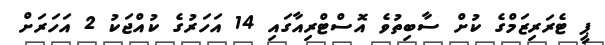
ޕީ ޓެރަރިޒަމްގެ ކުށް ސާބިތުވެ އޮސްޓްރިއާގައި 14 އަހަރުގެ ކުއްޖަކު 2 އަހަރަށް